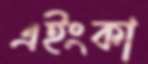
এইংকা